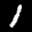
Label: 1